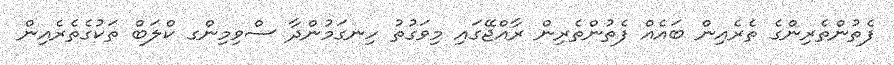
ފެތުންތެރިންގެ ތެރެއިން ބައެއް ފެތުންތެރިން ރާއްޖޭގައި މިވަގުތު ހިނގަމުންދާ ސްވިމިންގ ކްލަބް ތަކުގެތެރެއިން